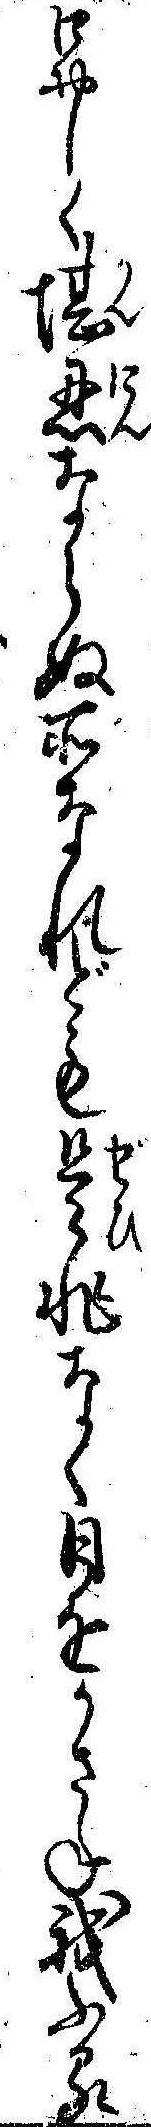
口おしく堪忍ならぬ所なれども是非なく日をかさね我ふる